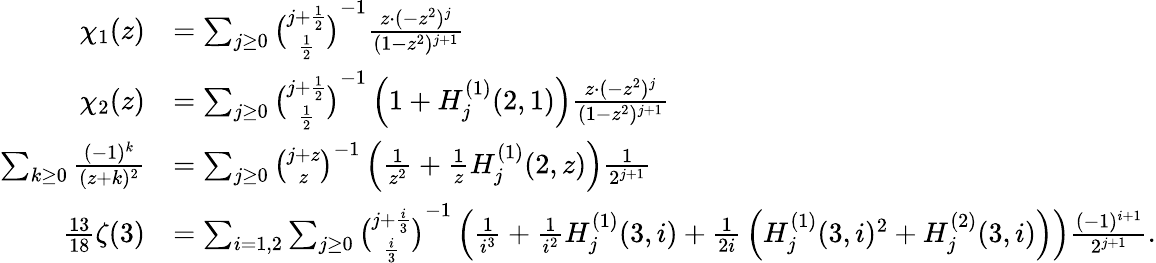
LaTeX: {\begin{array}{rl}{\chi_{1}(z)}&{=\sum_{j\geq 0}{\binom{j+{\frac{1}{2}}}{\frac{1}{2}}}^{-1}{\frac{z\cdot(-z^{2})^{j}}{(1-z^{2})^{j+1}}}}\\ {\chi_{2}(z)}&{=\sum_{j\geq 0}{\binom{j+{\frac{1}{2}}}{\frac{1}{2}}}^{-1}\left(1+H_{j}^{(1)}(2,1)\right){\frac{z\cdot(-z^{2})^{j}}{(1-z^{2})^{j+1}}}}\\ {\sum_{k\geq 0}{\frac{(-1)^{k}}{(z+k)^{2}}}}&{=\sum_{j\geq 0}{\binom{j+z}{z}}^{-1}\left({\frac{1}{z^{2}}}+{\frac{1}{z}}H_{j}^{(1)}(2,z)\right){\frac{1}{2^{j+1}}}}\\ {{\frac{13}{18}}\zeta(3)}&{=\sum_{i=1,2}\sum_{j\geq 0}{\binom{j+{\frac{i}{3}}}{\frac{i}{3}}}^{-1}\left({\frac{1}{i^{3}}}+{\frac{1}{i^{2}}}H_{j}^{(1)}(3,i)+{\frac{1}{2i}}\left(H_{j}^{(1)}(3,i)^{2}+H_{j}^{(2)}(3,i)\right)\right){\frac{(-1)^{i+1}}{2^{j+1}}}.}\end{array}}